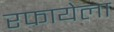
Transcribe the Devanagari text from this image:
रफायेला